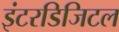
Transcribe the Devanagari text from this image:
इंटरडिजिटल